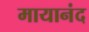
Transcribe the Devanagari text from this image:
मायानंद